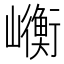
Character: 𭗯